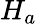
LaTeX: H_{a}